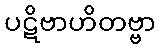
ပဋိဗာဟိတဗ္ဗာ